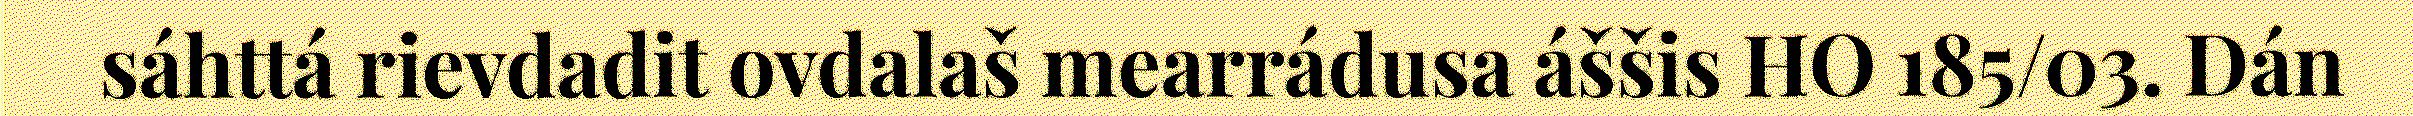
sáhttá rievdadit ovdalaš mearrádusa áššis HO 185/03. Dán